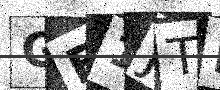
Text: GF1JTI